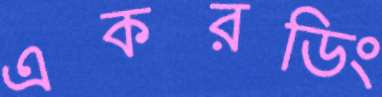
একরডিং